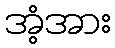
အံ့အား